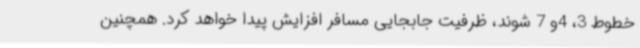
خطوط 3، 4و 7 شوند، ظرفیت جابجایی مسافر افزایش پیدا خواهد کرد. همچنین